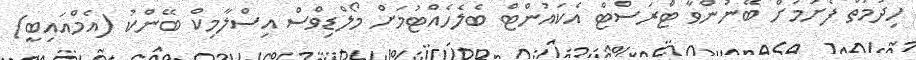
ހިދުމަތް ފެށުމަށް ބޭނުންވާ ޓްރަސްޓް އެކައުންޓް ބެލެހެއްޓުމަށް މޯލްޑިވްސް އިސްލާމިކް ބޭންކު (އެމްއައިބީ)